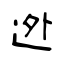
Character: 迯